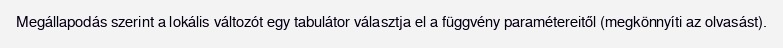
Megállapodás szerint a lokális változót egy tabulátor választja el a függvény paramétereitől (megkönnyíti az olvasást).